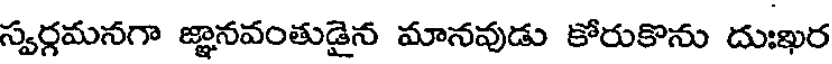
స్వర్గమనగా జ్ఞానవంతుడైన మానవుడు కోరుకొను దుఃఖర